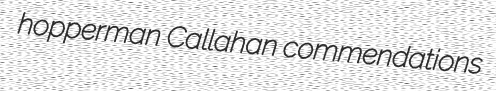
hopperman Callahan commendations